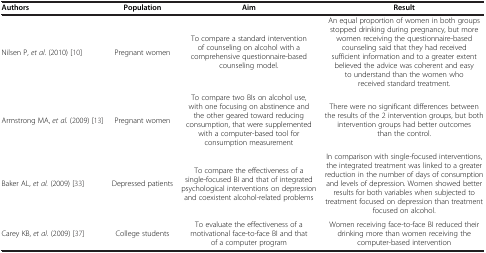
<table><thead><tr><td><b>Authors</b></td><td><b>Population</b></td><td><b>Aim</b></td><td><b>Result</b></td></tr></thead><tbody><tr><td>Nilsen P, <i>et al.</i> (2010) [10]</td><td>Pregnant women</td><td>To compare a standard intervention of counseling on alcohol with a comprehensive questionnaire-based counseling model.</td><td>An equal proportion of women in both groups stopped drinking during pregnancy, but more women receiving the questionnaire-based counseling said that they had received sufficient information and to a greater extent believed the advice was coherent and easy to understand than the women who received standard treatment.</td></tr><tr><td>Armstrong MA, <i>et al.</i> (2009) [13]</td><td>Pregnant women</td><td>To compare two BIs on alcohol use, with one focusing on abstinence and the other geared toward reducing consumption, that were supplemented with a computer-based tool for consumption measurement</td><td>There were no significant differences between the results of the 2 intervention groups, but both intervention groups had better outcomes than the control.</td></tr><tr><td>Baker AL, <i>et al.</i> (2009) [33]</td><td>Depressed patients</td><td>To compare the effectiveness of a single-focused BI and that of integrated psychological interventions on depression and coexistent alcohol-related problems</td><td>In comparison with single-focused interventions, the integrated treatment was linked to a greater reduction in the number of days of consumption and levels of depression. Women showed better results for both variables when subjected to treatment focused on depression than treatment focused on alcohol.</td></tr><tr><td>Carey KB, <i>et al.</i> (2009) [37]</td><td>College students</td><td>To evaluate the effectiveness of a motivational face-to-face BI and that of a computer program</td><td>Women receiving face-to-face BI reduced their drinking more than women receiving the computer-based intervention</td></tr></tbody></table>